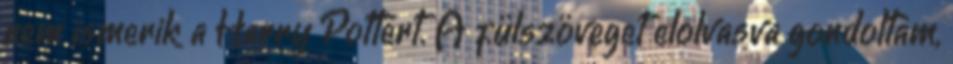
nem ismerik a Harry Pottert. A fülszöveget elolvasva gondoltam,